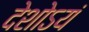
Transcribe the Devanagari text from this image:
देशोऽयं